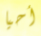
أحيا